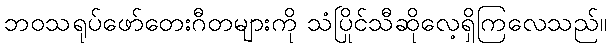
ဘဝသရုပ်ဖော်တေးဂီတများကို သံပြိုင်သီဆိုလေ့ရှိကြလေသည်။